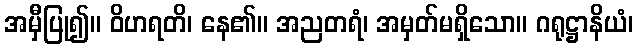
အမှီပြု၍။ ဝိဟရတိ၊ နေ၏။ အညတရံ၊ အမှတ်မရှိသော။ ဂရုဋ္ဌာနိယံ၊